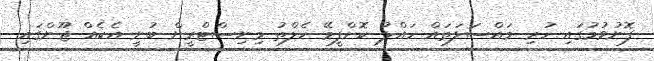
ފޮނުވުމުގައި ހުރި މައްސަލަތައް ހައްލު ކޮށްފީމޭ ހެލްތު މިނިސްޓްރީން ބުނީ އެކެއް ޖޫންގައި